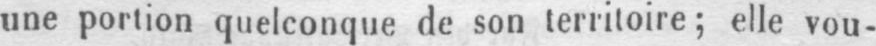
une portion quelconque de son territoire; elle vou-